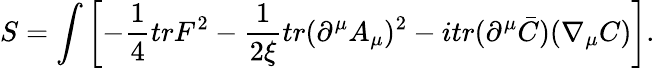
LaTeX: S=\int\left[-\frac{1}{4}trF^{2}-\frac{1}{2\xi}tr(\partial^{\mu}A_{\mu})^{2}-itr(\partial^{\mu}\bar{C})(\nabla_{\mu}C)\right].